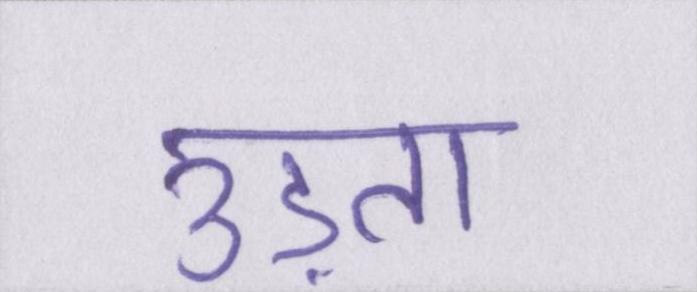
उड़ता